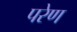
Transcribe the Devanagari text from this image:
परेण